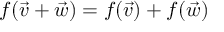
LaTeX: f ( { \vec { v } } + { \vec { w } } ) = f ( { \vec { v } } ) + f ( { \vec { w } } )